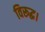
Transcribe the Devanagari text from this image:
विरूद्ध।